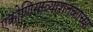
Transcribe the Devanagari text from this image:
एकोणिसाव्याशतकाच्या